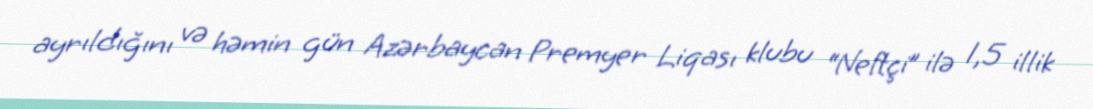
ayrıldığını və həmin gün Azərbaycan Premyer Liqası klubu “Neftçi” ilə 1,5 illik